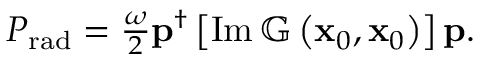
\begin{array} { r } { P _ { \mathrm { r a d } } = \frac { \omega } { 2 } \mathbf { p } ^ { \dagger } \left[ \operatorname { I m } \mathbb { G } \left( \mathbf { x } _ { 0 } , \mathbf { x } _ { 0 } \right) \right] \mathbf { p } . } \end{array}